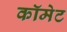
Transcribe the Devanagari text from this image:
कॉमेट